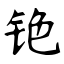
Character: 铯